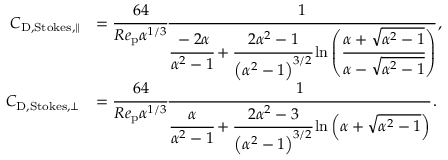
\begin{array} { r l } { C _ { \mathrm { D , S t o k e s } , \parallel } } & { = \cfrac { 6 4 } { R e _ { \mathrm { p } } \alpha ^ { 1 / 3 } } \cfrac { 1 } { \cfrac { - 2 \alpha } { \alpha ^ { 2 } - 1 } + \cfrac { 2 \alpha ^ { 2 } - 1 } { \left( \alpha ^ { 2 } - 1 \right) ^ { 3 / 2 } } \ln \left( \cfrac { \alpha + \sqrt { \alpha ^ { 2 } - 1 } } { \alpha - \sqrt { \alpha ^ { 2 } - 1 } } \right) } \, , } \\ { C _ { \mathrm { D , S t o k e s } , \perp } } & { = \cfrac { 6 4 } { R e _ { \mathrm { p } } \alpha ^ { 1 / 3 } } \cfrac { 1 } { \cfrac { \alpha } { \alpha ^ { 2 } - 1 } + \cfrac { 2 \alpha ^ { 2 } - 3 } { \left( \alpha ^ { 2 } - 1 \right) ^ { 3 / 2 } } \ln \left( { \alpha + \sqrt { \alpha ^ { 2 } - 1 } } \right) } \, . } \end{array}